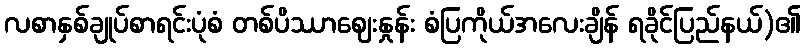
လစာနှစ်ချုပ်စာရင်းပုံစံ တစ်ပိဿာဈေးနှုန်း စံပြကိုယ်အလေးချိန် ရခိုင်ပြည်နယ်)၏